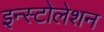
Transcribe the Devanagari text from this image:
इन्स्टोलेशन